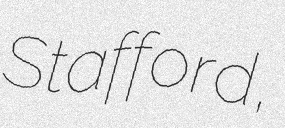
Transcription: Stafford,